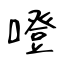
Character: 噔